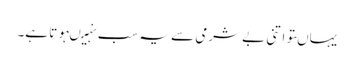
یہاںتو اتنی بے شرمی سے یہ سب نہیںہوتا ہے۔